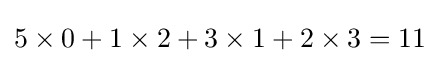
5\times 0+1\times 2+3\times 1+2\times 3=11